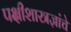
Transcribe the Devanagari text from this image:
पक्षीशास्त्रज्ञांचे